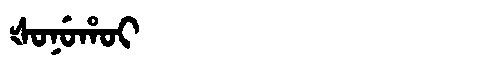
Manchu: ᡧᠣᠨᡠᡥᠣᡳ
Romanization: ŠONUHOI